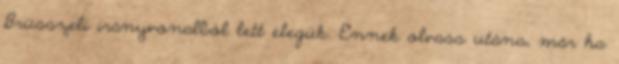
Brüsszeli irányvonalból lett elegük. Ennek olvass utána, már ha